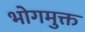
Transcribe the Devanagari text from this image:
भोगमुक्त